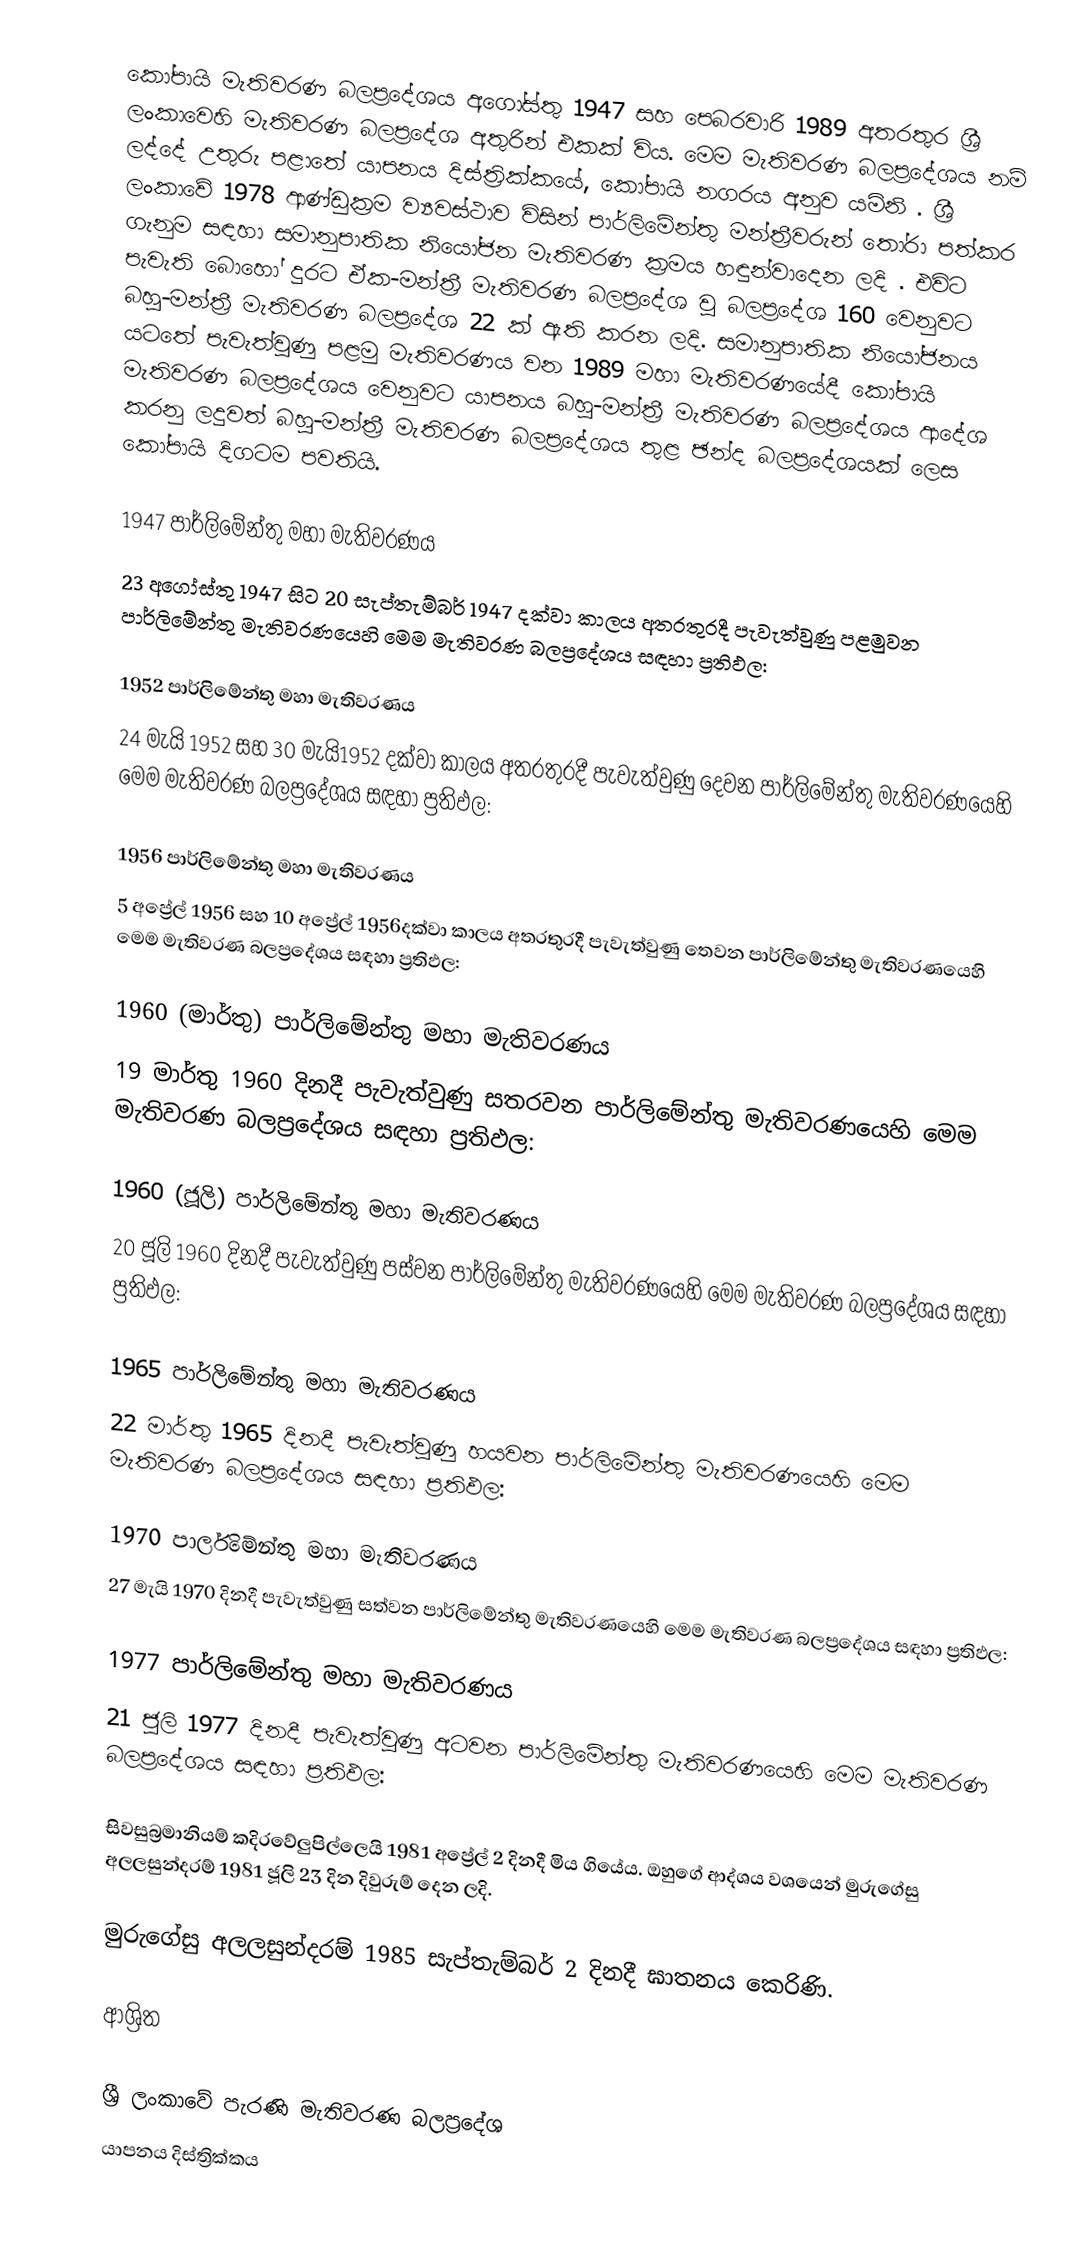
කෝපායි මැතිවරණ බලප්‍රදේශය  අගෝස්තු 1947 සහ පෙබරවාරි 1989 අතරතුර  ශ්‍රී ලංකාවෙහි  මැතිවරණ බලප්‍රදේශ අතුරින් එකක් විය. මෙම මැතිවරණ බලප්‍රදේශය නම් ලද්දේ  උතුරු පළාතේ  යාපනය දිස්ත්‍රික්කයේ,  කෝපායි නගරය අනුව යමිනි . ශ්‍රී ලංකාවේ 1978 ආණ්ඩුක්‍රම ව්‍යවස්ථාව විසින්   පාර්ලිමේන්තු මන්ත්‍රීවරුන් තෝරා පත්කර ගැනුම සඳහා සමානුපාතික නියෝජන මැතිවරණ ක්‍රමය හඳුන්වාදෙන ලදි . එවිට පැවැති බොහෝ දුරට  ඒක-මන්ත්‍රී මැතිවරණ බලප්‍රදේශ වූ බලප්‍රදේශ 160 වෙනුවට බහු-මන්ත්‍රී මැතිවරණ බලප්‍රදේශ 22 ක් ඇති කරන ලදි. සමානුපාතික නියෝජනය යටතේ පැවැත්වුණු පළමු මැතිවරණය වන 1989 මහා මැතිවරණයේදී  කෝපායි මැතිවරණ බලප්‍රදේශය වෙනුවට  යාපනය බහු-මන්ත්‍රී මැතිවරණ බලප්‍රදේශය  ආදේශ කරනු ලදුවත් බහු-මන්ත්‍රී මැතිවරණ බලප්‍රදේශය තුළ ඡන්ද බලප්‍රදේශයක් ලෙස කෝපායි දිගටම පවතියි.

1947 පාර්ලිමේන්තු මහා මැතිවරණය
23 අගෝස්තු 1947 සිට 20 සැප්තැම්බර් 1947 දක්වා කාලය අතරතුරදී පැවැත්වුණු  පළමුවන පාර්ලිමේන්තු මැතිවරණයෙහි මෙම මැතිවරණ බලප්‍රදේශය සඳහා ප්‍රතිඵල:

1952 පාර්ලිමේන්තු මහා මැතිවරණය
24 මැයි 1952 සහ 30 මැයි1952 දක්වා කාලය අතරතුරදී පැවැත්වුණු  දෙවන පාර්ලිමේන්තු මැතිවරණයෙහි මෙම මැතිවරණ බලප්‍රදේශය සඳහා ප්‍රතිඵල:

1956 පාර්ලිමේන්තු මහා මැතිවරණය
5 අප්‍රේල් 1956 සහ 10 අප්‍රේල් 1956දක්වා කාලය අතරතුරදී පැවැත්වුණු  තෙවන පාර්ලිමේන්තු මැතිවරණයෙහි මෙම මැතිවරණ බලප්‍රදේශය සඳහා ප්‍රතිඵල:

1960 (මාර්තු) පාර්ලිමේන්තු මහා මැතිවරණය
19 මාර්තු 1960 දිනදී පැවැත්වුණු  සතරවන පාර්ලිමේන්තු මැතිවරණයෙහි මෙම මැතිවරණ බලප්‍රදේශය සඳහා ප්‍රතිඵල:

1960 (ජූලි) පාර්ලිමේන්තු මහා මැතිවරණය
20 ජූලි 1960 දිනදී පැවැත්වුණු  පස්වන පාර්ලිමේන්තු මැතිවරණයෙහි මෙම මැතිවරණ බලප්‍රදේශය සඳහා ප්‍රතිඵල:

1965 පාර්ලිමේන්තු මහා මැතිවරණය
22 මාර්තු 1965  දිනදී පැවැත්වුණු  හයවන පාර්ලිමේන්තු මැතිවරණයෙහි මෙම මැතිවරණ බලප්‍රදේශය සඳහා ප්‍රතිඵල:

1970 පාර්ලිමේන්තු මහා මැතිවරණය
27 මැයි 1970 දිනදී පැවැත්වුණු  සත්වන පාර්ලිමේන්තු මැතිවරණයෙහි මෙම මැතිවරණ බලප්‍රදේශය සඳහා ප්‍රතිඵල:

1977 පාර්ලිමේන්තු මහා මැතිවරණය
21 ජූලි 1977 දිනදී පැවැත්වුණු  අටවන පාර්ලිමේන්තු මැතිවරණයෙහි මෙම මැතිවරණ බලප්‍රදේශය සඳහා ප්‍රතිඵල:

සිවසුබ්‍රමානියම් කදිරවේලුපිල්ලෙයි 1981 අප්‍රේල් 2 දිනදී මිය ගියේය. ඔහුගේ ආද්ශය වශයෙන් මුරුගේසු අලලසුන්දරම්  1981 ජූලි 23 දින දිවුරුම් දෙන ලදි.

මුරුගේසු අලලසුන්දරම් 1985 සැප්තැම්බර් 2 දිනදී ඝාතනය කෙරිණි.

ආශ්‍රිත

ශ්‍රී ලංකාවේ පැරණි මැතිවරණ බලප්‍රදේශ
 යාපනය  දිස්ත්‍රික්කය